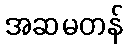
အဆမတန်